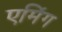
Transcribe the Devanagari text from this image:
एमिंग